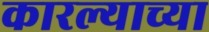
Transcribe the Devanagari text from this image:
कारल्याच्या